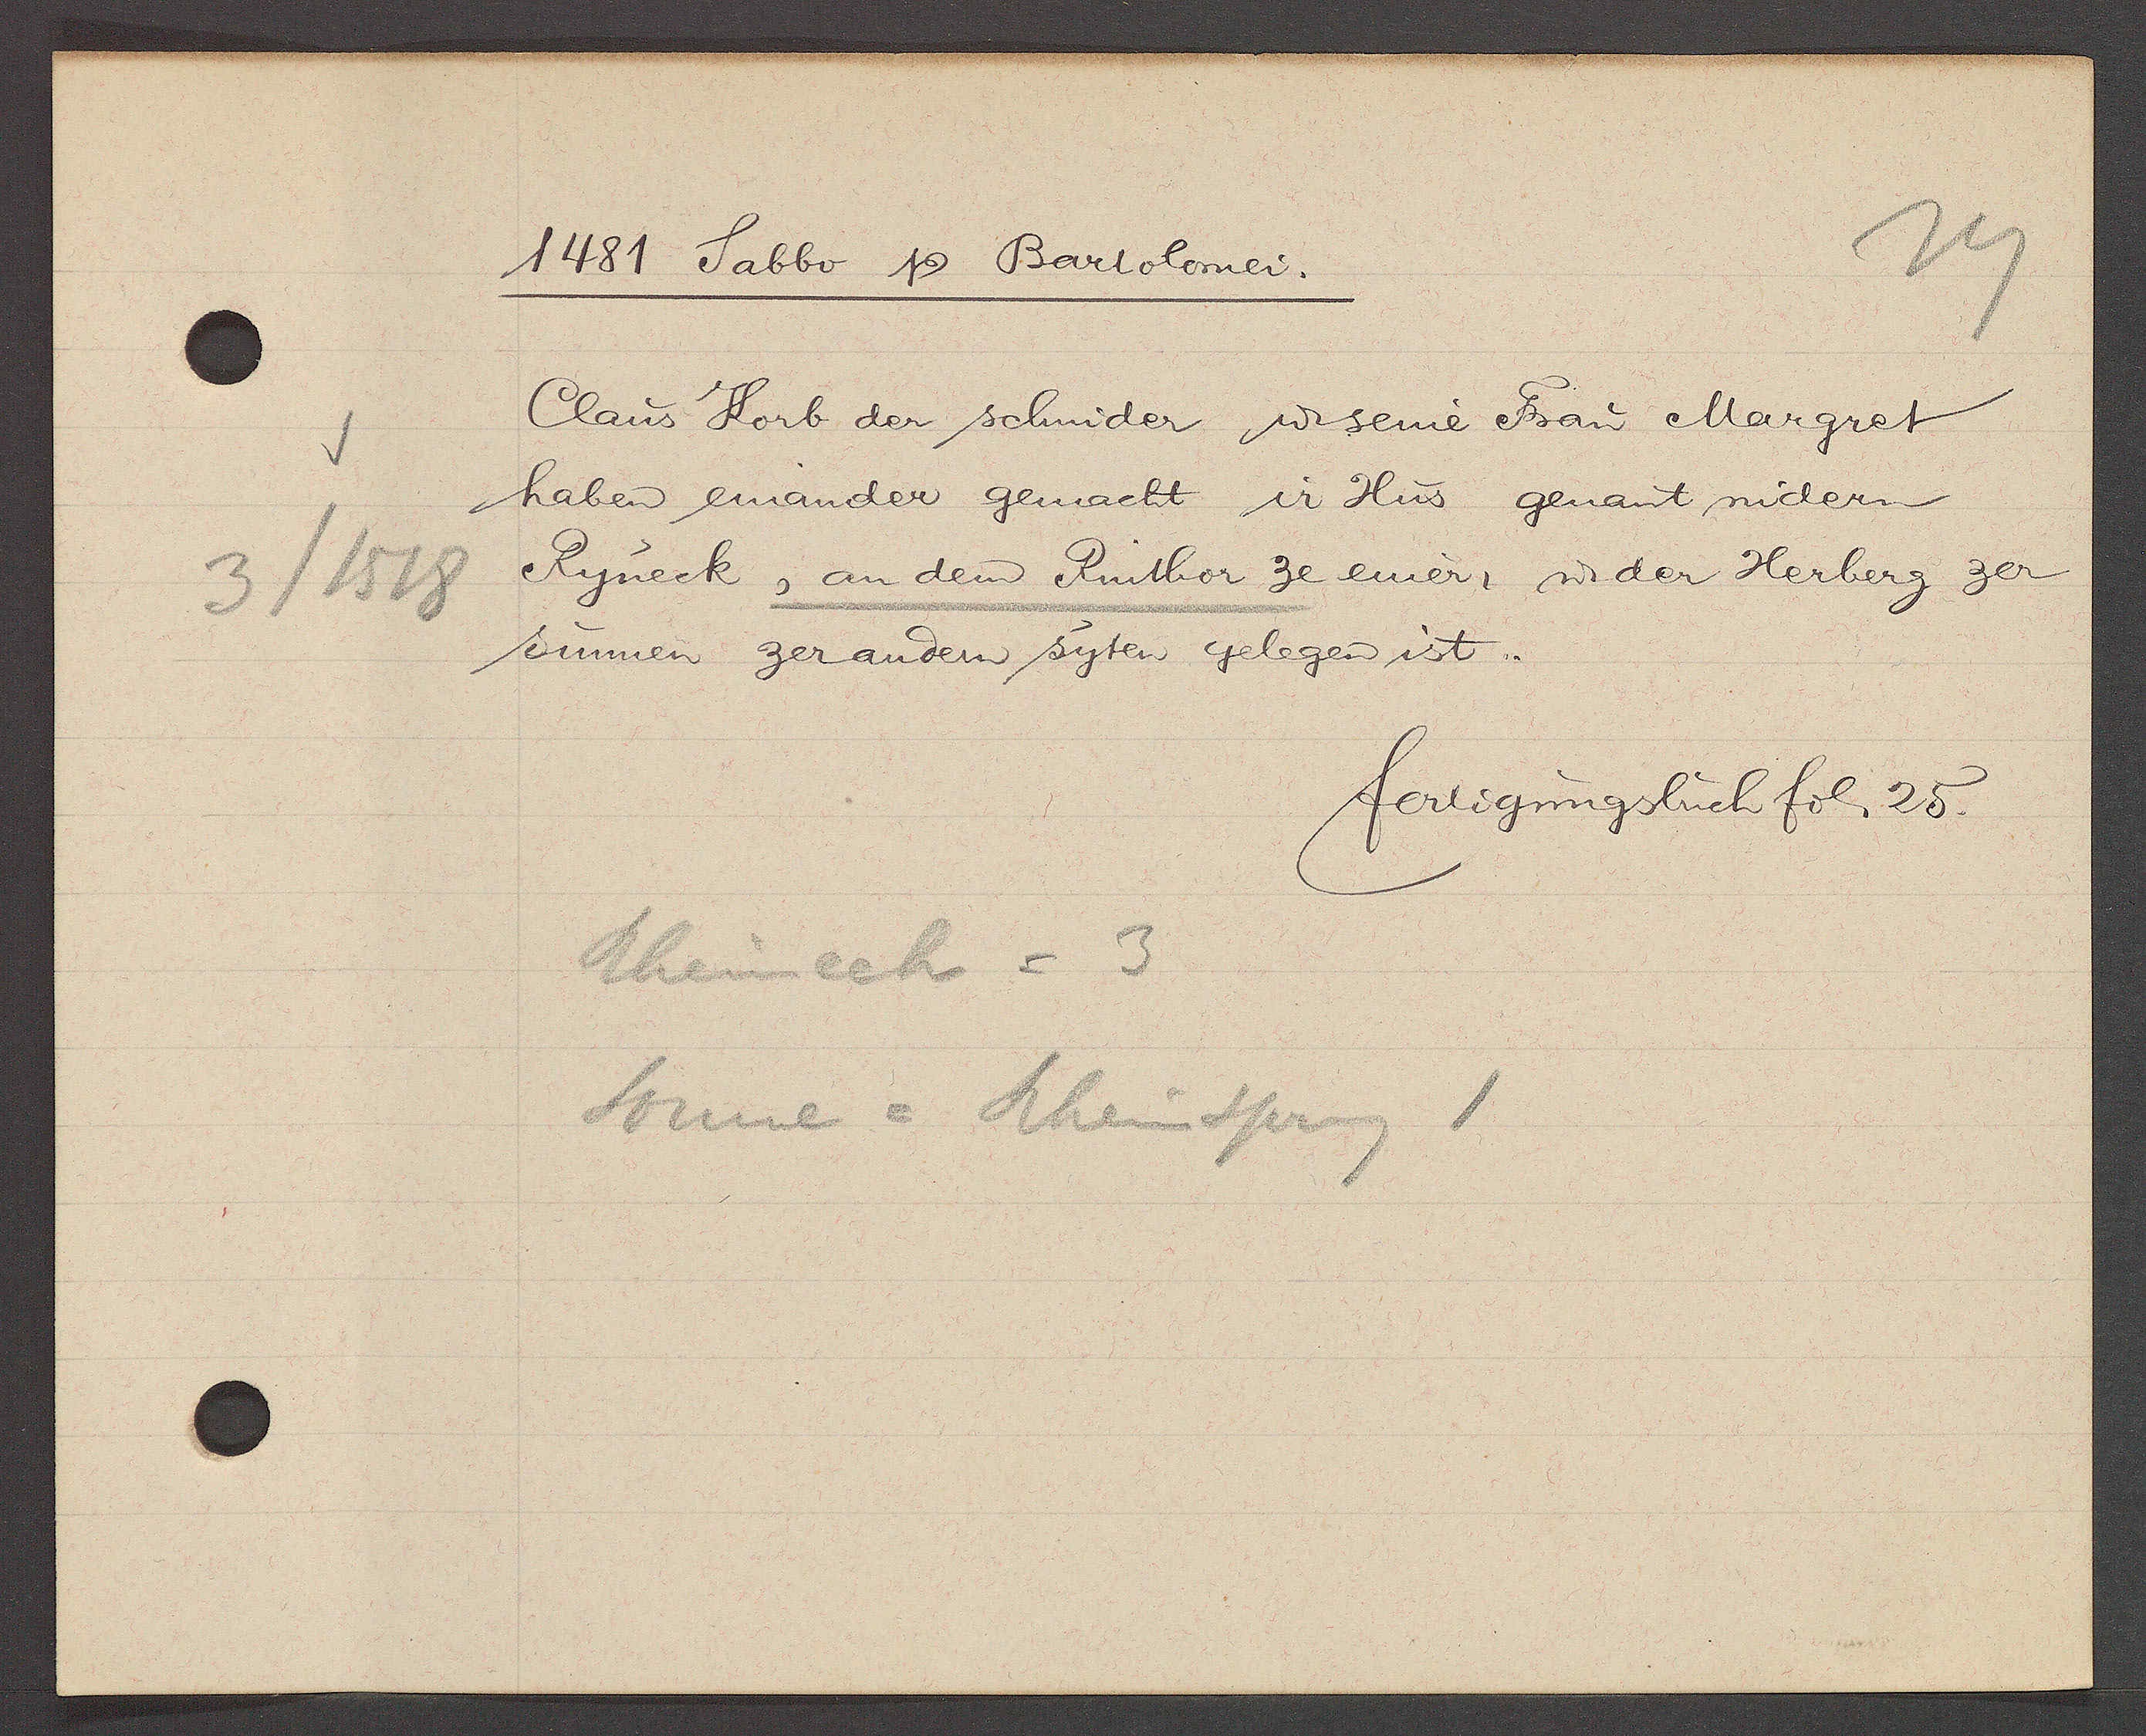
Transcript:
3/1518

1481 Sabbo Ƿ Bartolomei.
Claus Korb der schmider ư seine Frau Margret
haben einander gemacht ir Hus genant nidern
Ryneck, an dem Rinthor ze einer, ư der Herberg zer
Sunnen zer andern syten gelegen ist.
fertigungsbuch fol 25.
Rheineck = 3
Sonne = Rheinsprung 1